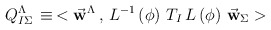
\begin{align*}Q_{I\Sigma}^{\Lambda} \, \equiv \,< {\vec {\bf w}}^\Lambda \, , \, L^{-1}\left(\phi\right) \, T_I \, L\left(\phi\right) \, {\vec {\bf w}}_\Sigma > \end{align*}